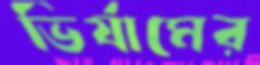
ভির্যামের